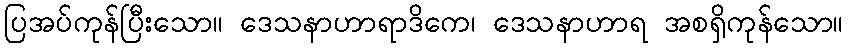
ပြအပ်ကုန်ပြီးသော။ ဒေသနာဟာရာဒိကေ၊ ဒေသနာဟာရ အစရှိကုန်သော။